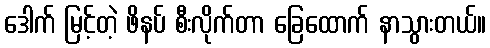
ဒေါက် မြင့်တဲ့ ဖိနပ် စီးလိုက်တာ ခြေထောက် နာသွားတယ်။